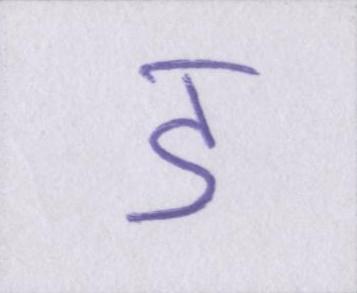
ॾ